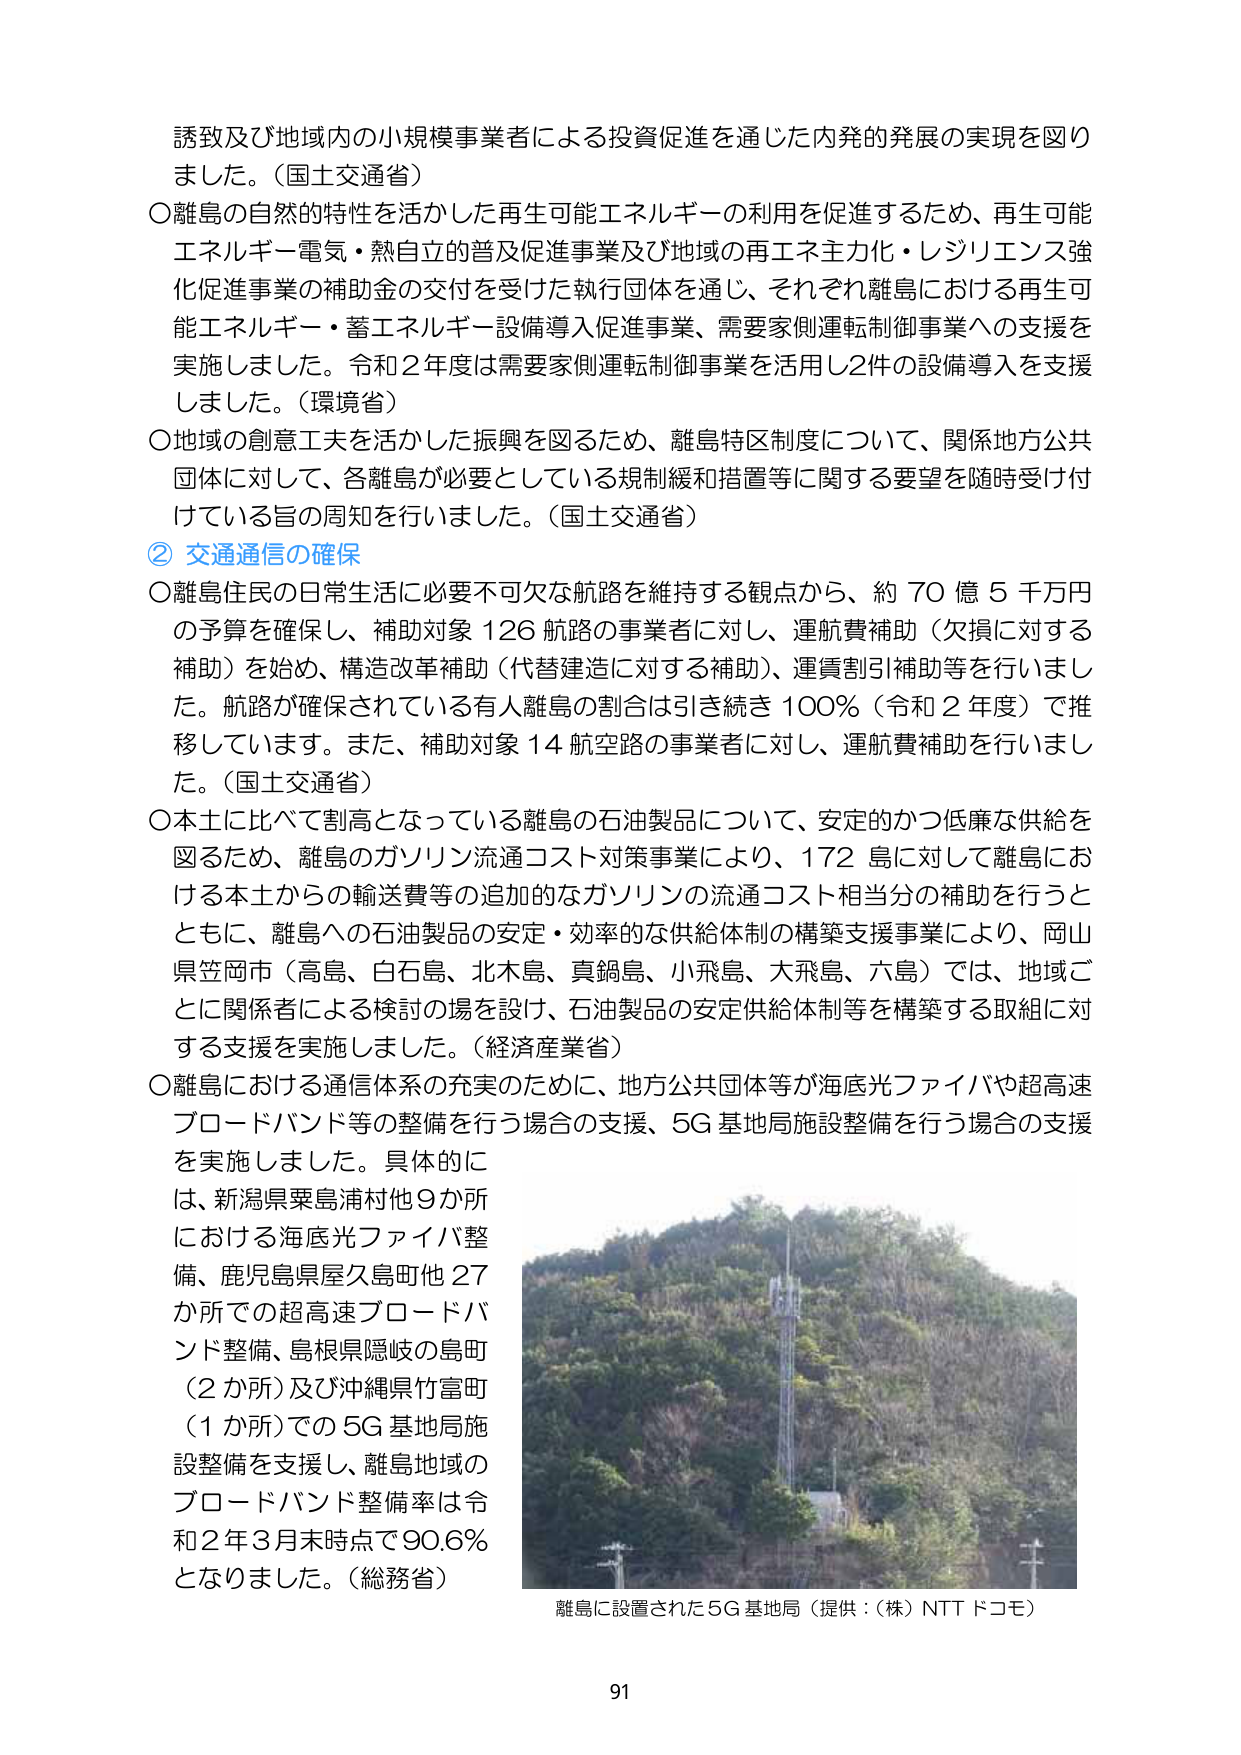
誘致及び地域内の小規模事業者による投資促進を通じた内発的発展の実現を図りました。（国土交通省）
〇離島の自然的特性を活かした再生可能エネルギーの利用を促進するため、再生可能エネルギー電気・熱自立的普及促進事業及び地域の再エネ主力化・レジリエンス強化促進事業の補助金の交付を受けた執行団体を通じ、それぞれ離島における再生可能エネルギー・蓄エネルギー設備導入促進事業、需要家側運転制御事業への支援を実施しました。令和２年度は需要家側運転制御事業を活用し2件の設備導入を支援しました。（環境省）
〇地域の創意工夫を活かした振興を図るため、離島特区制度について、関係地方公共団体に対して、各離島が必要としている規制緩和措置等に関する要望を随時受け付けている旨の周知を行いました。（国土交通省）

② 交通通信の確保
〇離島住民の日常生活に必要不可欠な航路を維持する観点から、約70億5千万円の予算を確保し、補助対象126航路の事業者に対し、運航費補助（欠損に対する補助）を始め、構造改革補助（代替建造に対する補助）、運賃割引補助等を行いました。航路が確保されている有人離島の割合は引き続き100％（令和２年度）で推移しています。また、補助対象14航空路の事業者に対し、運航費補助を行いました。（国土交通省）
〇本土に比べて割高となっている離島の石油製品について、安定的かつ低廉な供給を図るため、離島のガソリン流通コスト対策事業により、172島に対して離島における本土からの輸送費等の追加的なガソリンの流通コスト相当分の補助を行うとともに、離島への石油製品の安定・効率的な供給体制の構築支援事業により、岡山県笠岡市（高島、白石島、北木島、真鍋島、小飛島、大飛島、六島）では、地域ごとに関係者による検討の場を設け、石油製品の安定供給体制等を構築する取組に対する支援を実施しました。（経済産業省）
〇離島における通信体系の充実のために、地方公共団体等が海底光ファイバーや超高速ブロードバンド等の整備を行う場合の支援、5G基地局施設整備を行う場合の支援を実施しました。具体的には、新潟県粟島浦村他9か所における海底光ファイバー整備、鹿児島県屋久島町他27か所での超高速ブロードバンド整備、島根県隠岐の島町（2か所）及び沖縄県竹富町（1か所）での5G基地局施設整備を支援し、離島地域のブロードバンド整備率は令和2年3月末時点で90.6％となりました。（総務省）

離島に設置された5G基地局（提供：（株）NTTドコモ）
91